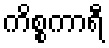
ကိစ္စကာရီ